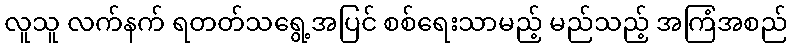
လူသူ လက်နက် ရတတ်သရွေ့အပြင် စစ်ရေးသာမည့် မည်သည့် အကြံအစည်